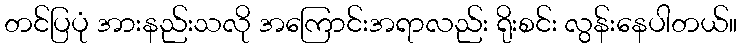
တင်ပြပုံ အားနည်းသလို အကြောင်းအရာလည်း ရိုးစင်း လွန်းနေပါတယ်။